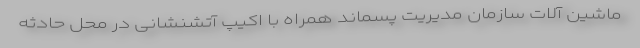
ماشین آلات سازمان مدیریت پسماند همراه با اکیپ‌ آتشنشانی در محل حادثه